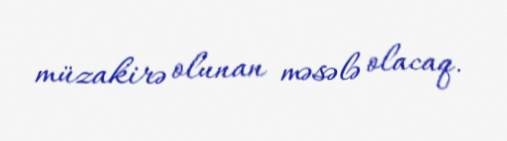
müzakirə olunan məsələ olacaq.